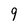
Character: 9